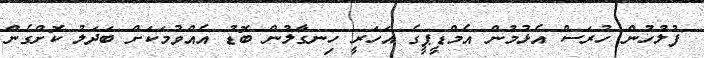
ފުލުހުން ހުރަސް އެޅުމުން އެމްޑީޕީގެ އަހަރީ ހިނގާލުން ބޮޑު އެއްވުމަކަށް ބަދަލު ކޮށްގެން